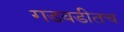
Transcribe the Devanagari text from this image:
गडबडीतच